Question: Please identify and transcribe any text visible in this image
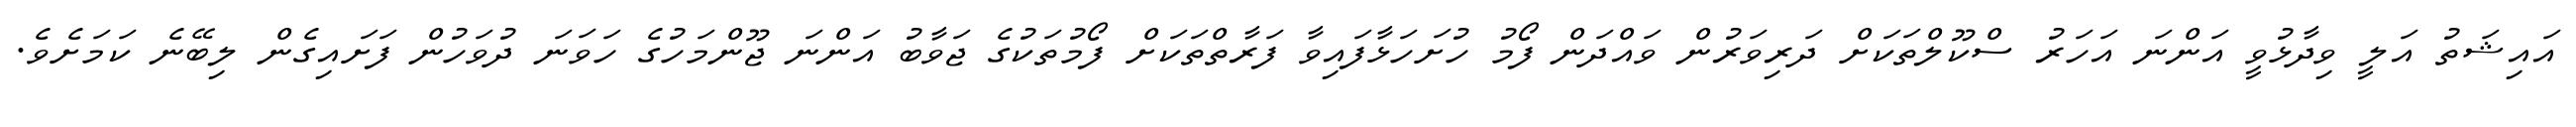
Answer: އައިޝަތު އަލީ ވިދާޅުވީ އަންނަ އަހަރު ސްކޫލްތަކަށް ދަރިވަރުން ވައްދަން ފޯމު ހުށަހަޅާފައިވާ ފަރާތްތަކަށް ފޯމުތަކުގެ ޖަވާބު އަންނަ ޖޫންމަހުގެ ހަވަނަ ދުވަހުން ފަށައިގެން ލިބޭނެ ކަމަށެވެ.